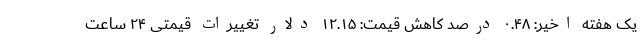
یک هفته اخیر: ۰.۴۸ درصد کاهش قیمت: ۱۲.۱۵ دلار تغییرات قیمتی ۲۴ ساعت